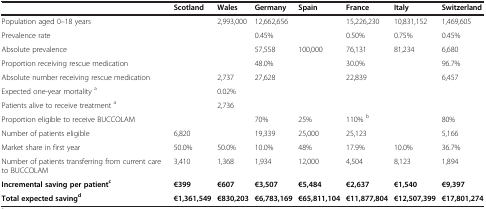
<table><thead><tr><td><b> </b></td><td><b>Scotland</b></td><td><b>Wales</b></td><td><b>Germany</b></td><td><b>Spain</b></td><td><b>France</b></td><td><b>Italy</b></td><td><b>Switzerland</b></td></tr></thead><tbody><tr><td>Population aged 0–18 years</td><td> </td><td>2,993,000</td><td>12,662,656</td><td> </td><td>15,226,230</td><td>10,831,152</td><td>1,469,605</td></tr><tr><td>Prevalence rate</td><td> </td><td> </td><td>0.45%</td><td> </td><td>0.50%</td><td>0.75%</td><td>0.45%</td></tr><tr><td>Absolute prevalence</td><td> </td><td> </td><td>57,558</td><td>100,000</td><td>76,131</td><td>81,234</td><td>6,680</td></tr><tr><td>Proportion receiving rescue medication</td><td> </td><td> </td><td>48.0%</td><td> </td><td>30.0%</td><td> </td><td>96.7%</td></tr><tr><td>Absolute number receiving rescue medication</td><td> </td><td>2,737</td><td>27,628</td><td> </td><td>22,839</td><td> </td><td>6,457</td></tr><tr><td>Expected one-year mortality <sup>a</sup></td><td> </td><td>0.02%</td><td> </td><td> </td><td> </td><td> </td><td> </td></tr><tr><td>Patients alive to receive treatment <sup>a</sup></td><td> </td><td>2,736</td><td> </td><td> </td><td> </td><td> </td><td> </td></tr><tr><td>Proportion eligible to receive BUCCOLAM</td><td> </td><td> </td><td>70%</td><td>25%</td><td>110% <sup>b</sup></td><td> </td><td>80%</td></tr><tr><td>Number of patients eligible</td><td>6,820</td><td> </td><td>19,339</td><td>25,000</td><td>25,123</td><td> </td><td>5,166</td></tr><tr><td>Market share in first year</td><td>50.0%</td><td>50.0%</td><td>10.0%</td><td>48%</td><td>17.9%</td><td>10.0%</td><td>36.7%</td></tr><tr><td>Number of patients transferring from current care to BUCCOLAM</td><td>3,410</td><td>1,368</td><td>1,934</td><td>12,000</td><td>4,504</td><td>8,123</td><td>1,894</td></tr><tr><td><b>Incremental saving per patient</b><sup><b>c</b></sup></td><td><b>€399</b></td><td><b>€607</b></td><td><b>€3,507</b></td><td><b>€5,484</b></td><td><b>€2,637</b></td><td><b>€1,540</b></td><td><b>€9,397</b></td></tr><tr><td><b>Total expected saving</b><sup><b>d</b></sup></td><td><b>€1,361,549</b></td><td><b>€830,203</b></td><td><b>€6,783,169</b></td><td><b>€65,811,104</b></td><td><b>€11,877,804</b></td><td><b>€12,507,399</b></td><td><b>€17,801,274</b></td></tr></tbody></table>